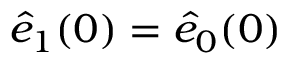
\hat { e } _ { 1 } ( 0 ) = \hat { e } _ { 0 } ( 0 )